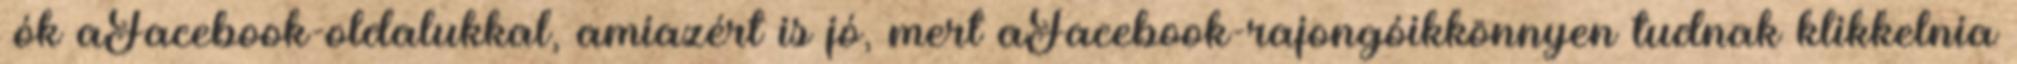
ﬁók aFacebook-oldalukkal, amiazért is jó, mert aFacebook-rajongóikkönnyen tudnak klikkelnia